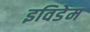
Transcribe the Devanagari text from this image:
इविडेम